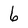
Character: 6